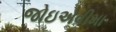
જોઇએવીમા